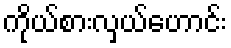
ကိုယ်စားလှယ်ဟောင်း